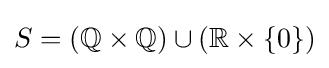
S=(\mathbb {Q} \times \mathbb {Q} )\cup (\mathbb {R} \times \{0\})